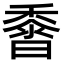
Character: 𪏰